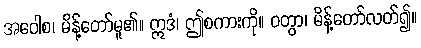
အဝေါစ၊ မိန့်တော်မူ၏။ ဣဒံ၊ ဤစကားကို။ ဝတွာ၊ မိန့်တော်လတ်၍။